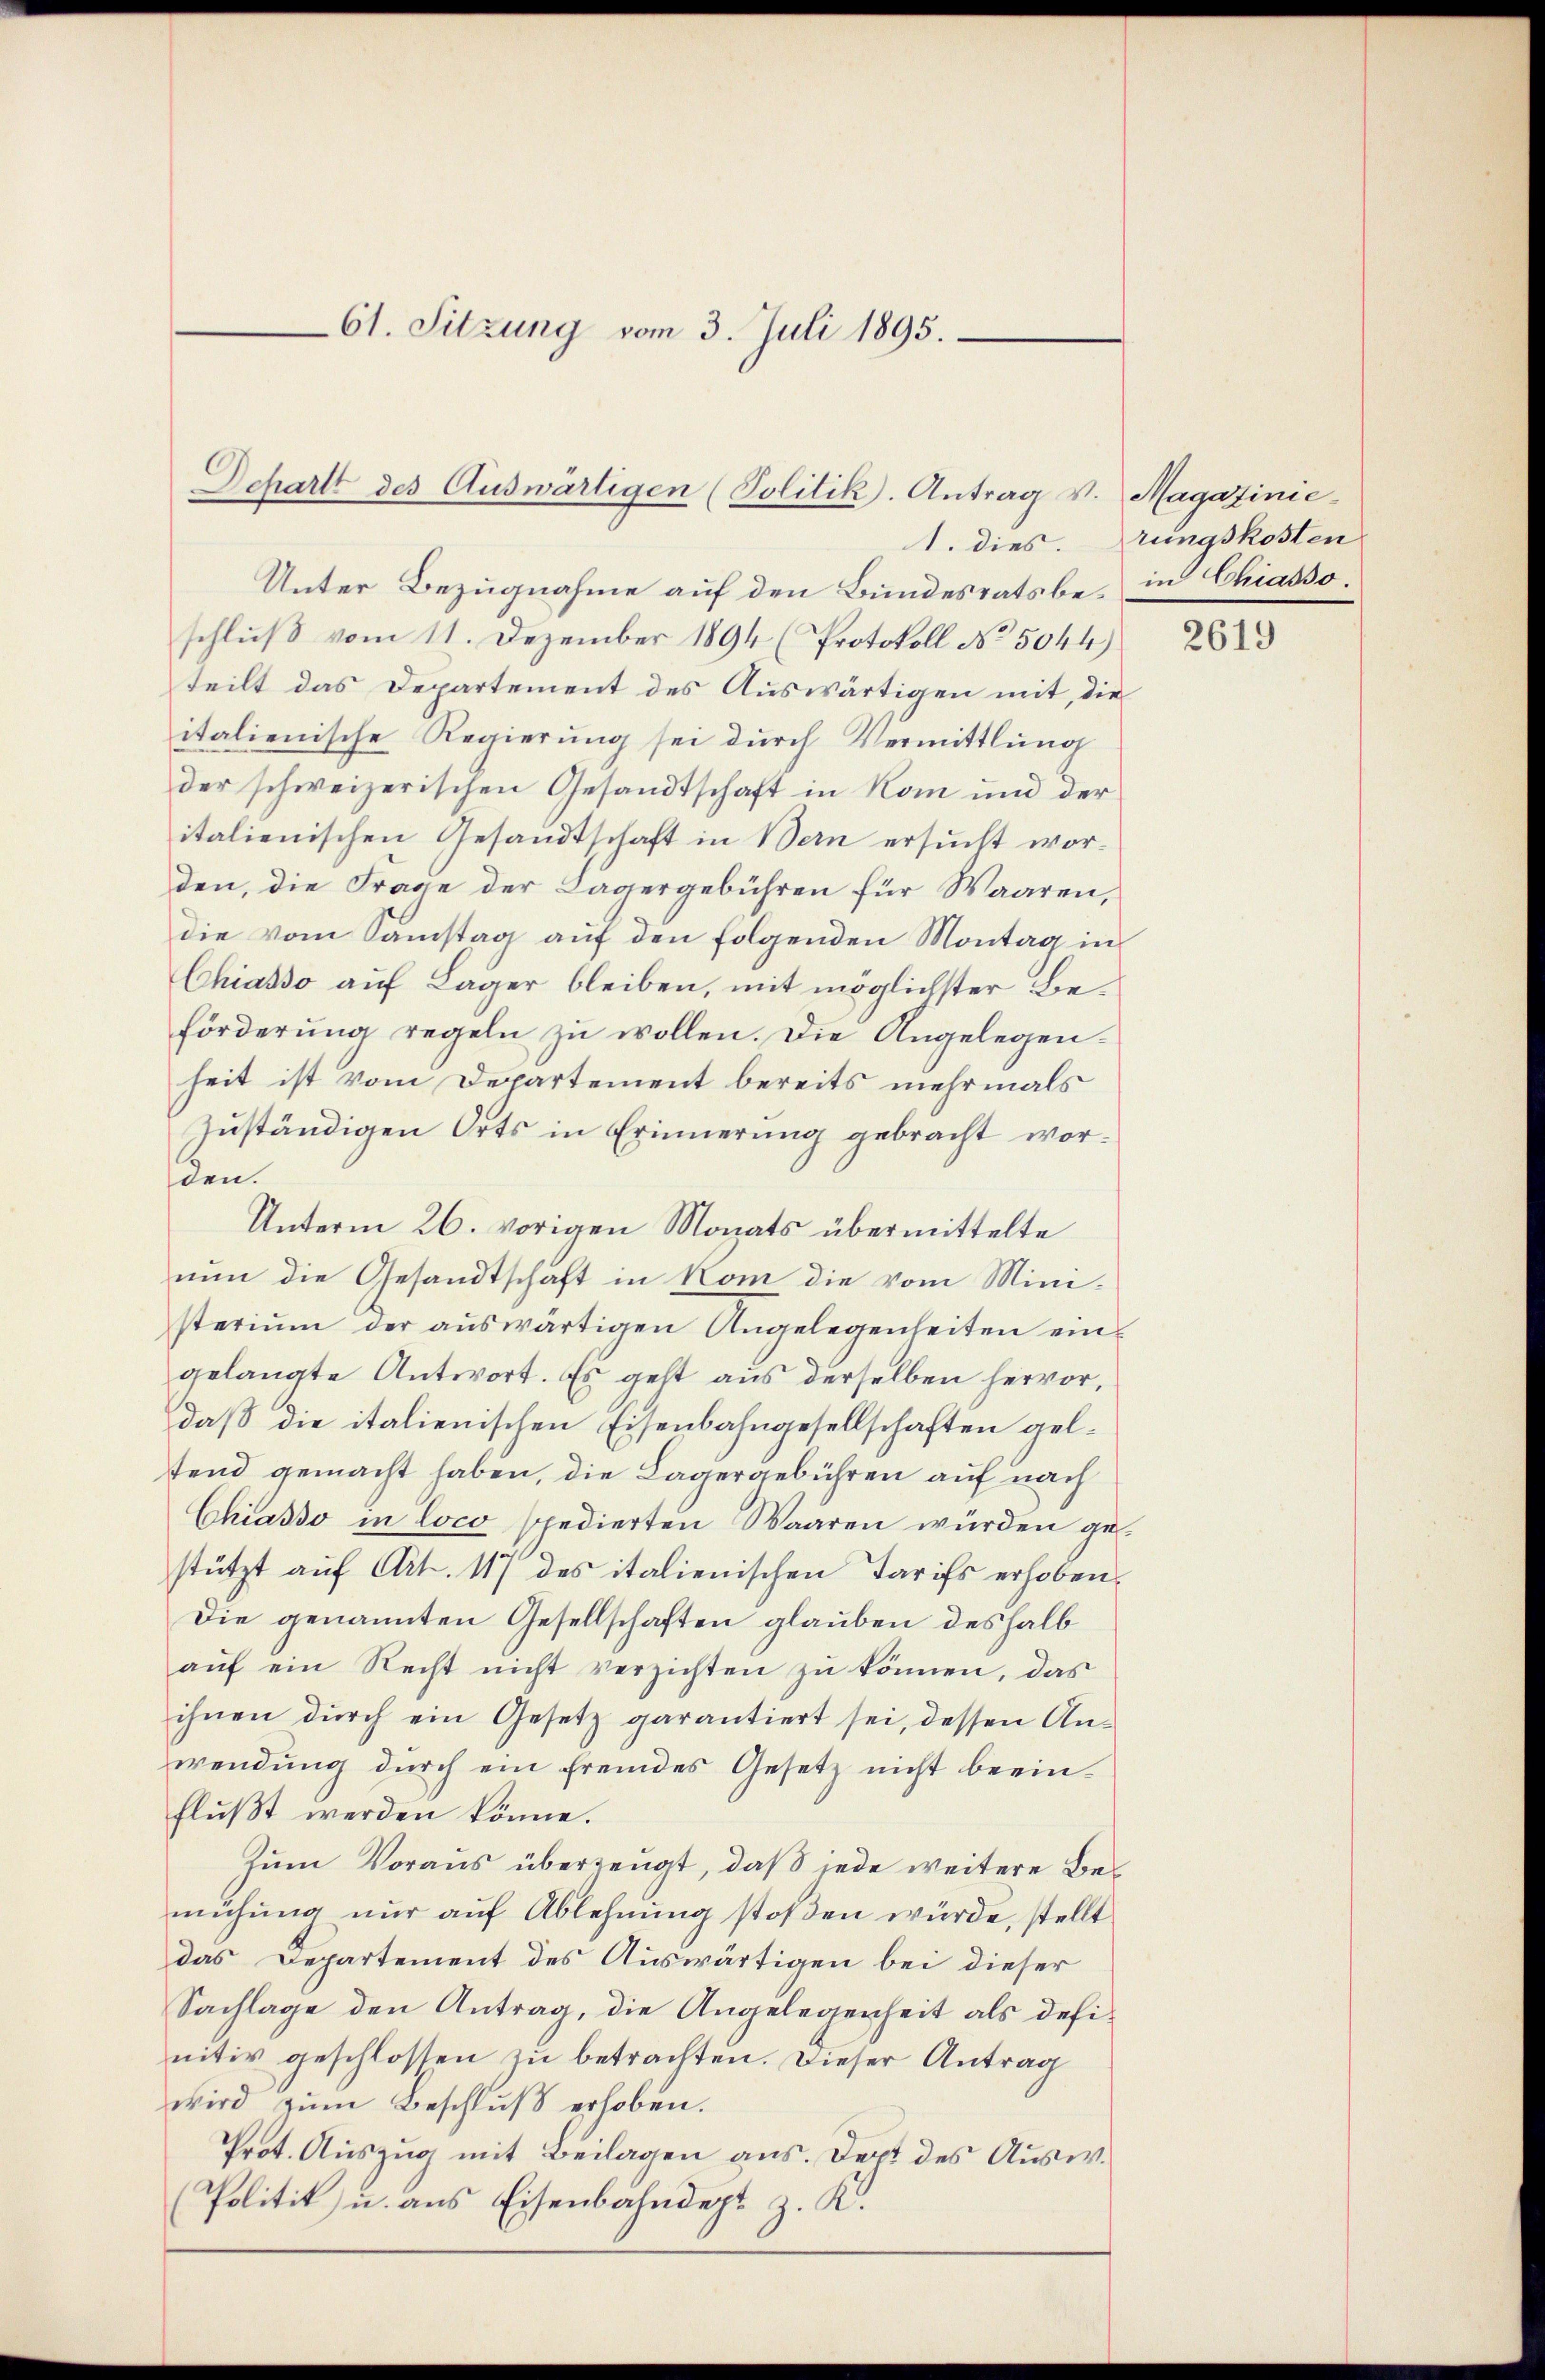
61. Sitzung vom 3. Juli 1895.

Schartt des Auswärtigen (Politik. Antrag v. Magazinie-

Unter Bezugnahme auf den Bundesratsbe- in Chiassoschluß vom 11. Dezember 1894 (Protokoll No 5044)
teilt das Departement des Auswärtigen mit, die
italienische Regierung sei durch Vermittlung
der schweizerischen Gesandtschaft in Rom und der
italienischen Gesandtschaft in Bern ersucht worden, die Frage der Lagergebühren für Waaren,
die vom Samstag auf den folgenden Montag in
Chiasso auf Lager bleiben, mit möglichster Beförderung regeln zu wollen. Die Angelegenheit ist vom Departement bereits mehrmals
zuständigen Orts in Erinnerung gebracht worden.
Unterm 26. vorigen Monats übermittelte
nun die Gesandtschaft in Rom die vom Ministerium der aŭswärtigen Angelegenheiten ein-
gelangte Antwort. Es geht aus derselben hervor,
daß die italienischen Eisenbahngesellschaften geltend gemacht haben, die Lagergebühren auf nach
Chiasso in loco spedierten Waaren würden gestützt auf Art. 117 des italienischen Tarifs erhoben.
Die genannten Gesellschaften glauben deshalb
aŭf ein Recht nicht verzichten zŭ können, das
ihnen durch ein Gesetz garantiert sei, dessen Anwendung durch ein fremdes Gesetz nicht beein-
flŭβt werden könne.
Zum Voraus überzeugt, daß jede weitere Bemühung nur auf Ablehnung stoßen würde, stellt
das Departement des Auswärtigen bei dieser
Sachlage den Antrag, die Angelegenheit als definitiv geschlossen zu betrachten. Dieser Antrag
wird zŭm Beschlŭβ erhoben.
Prot. Auszug mit Beilagen aus. Dept des Ausw.
Politik u. aus Eisenbahndept z. K.

1. dies.

rungskosten

2619